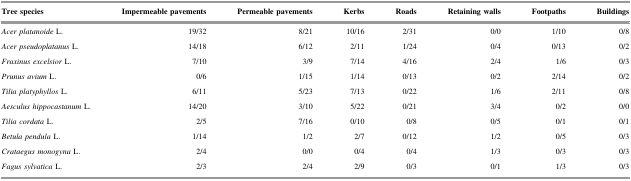
<table><thead><tr><td><b>Tree species</b></td><td><b>Impermeable pavements</b></td><td><b>Permeable pavements</b></td><td><b>Kerbs</b></td><td><b>Roads</b></td><td><b>Retaining walls</b></td><td><b>Footpaths</b></td><td><b>Buildings</b></td></tr></thead><tbody><tr><td><i>Acer platanoide</i> L.</td><td>19/32</td><td>8/21</td><td>10/16</td><td>2/31</td><td>0/0</td><td>1/10</td><td>0/8</td></tr><tr><td><i>Acer pseudoplatanus</i> L.</td><td>14/18</td><td>6/12</td><td>2/11</td><td>1/24</td><td>0/4</td><td>0/13</td><td>0/2</td></tr><tr><td><i>Fraxinus excelsior</i> L.</td><td>7/10</td><td>3/9</td><td>7/14</td><td>4/16</td><td>2/4</td><td>1/6</td><td>0/3</td></tr><tr><td><i>Prunus avium</i> L.</td><td>0/6</td><td>1/15</td><td>1/14</td><td>0/13</td><td>0/2</td><td>2/14</td><td>0/2</td></tr><tr><td><i>Tilia platyphyllos</i> L.</td><td>6/11</td><td>5/23</td><td>7/13</td><td>0/22</td><td>1/6</td><td>2/11</td><td>0/8</td></tr><tr><td><i>Aesculus hippocastanum</i> L.</td><td>14/20</td><td>3/10</td><td>5/22</td><td>0/21</td><td>3/4</td><td>0/2</td><td>0/0</td></tr><tr><td><i>Tilia cordata</i> L.</td><td>2/5</td><td>7/16</td><td>0/10</td><td>0/8</td><td>0/5</td><td>0/1</td><td>0/1</td></tr><tr><td><i>Betula pendula</i> L.</td><td>1/14</td><td>1/2</td><td>2/7</td><td>0/12</td><td>1/2</td><td>0/5</td><td>0/3</td></tr><tr><td><i>Crataegus monogyna</i> L.</td><td>2/4</td><td>0/0</td><td>0/4</td><td>0/4</td><td>1/3</td><td>0/3</td><td>0/3</td></tr><tr><td><i>Fagus sylvatica</i> L.</td><td>2/3</td><td>2/4</td><td>2/9</td><td>0/3</td><td>0/1</td><td>1/3</td><td>0/3</td></tr></tbody></table>